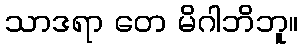
သာဒရာ တေ မိဂါဘိဘူ။